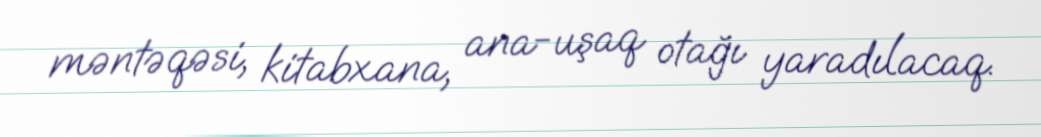
məntəqəsi, kitabxana, ana-uşaq otağı yaradılacaq.